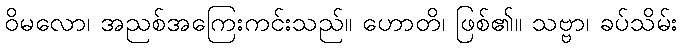
ဝိမလော၊ အညစ်အကြေးကင်းသည်။ ဟောတိ၊ ဖြစ်၏။ သဗ္ဗာ၊ ခပ်သိမ်း